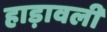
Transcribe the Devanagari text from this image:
हाड़ावली